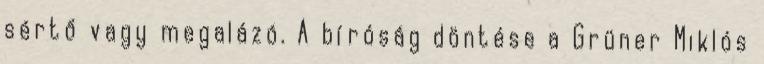
sértő vagy megalázó. A bíróság döntése a Grüner Miklós